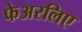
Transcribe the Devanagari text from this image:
फेअरलिए